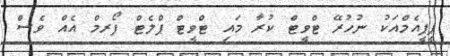
ޕީޕީއެމްއަކު ނުހުރޭ ޓްވީޓް ކުރާ މައި ޓްްވީޓް ޕްލެޓް ފޯރމް އެއް ވެސް